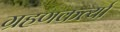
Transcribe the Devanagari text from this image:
ग्रहणकर्त्या